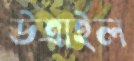
উত্রাইল